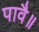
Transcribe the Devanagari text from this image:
पावै॥